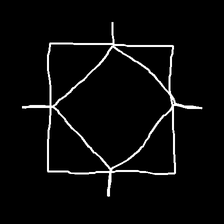
Glyph: light